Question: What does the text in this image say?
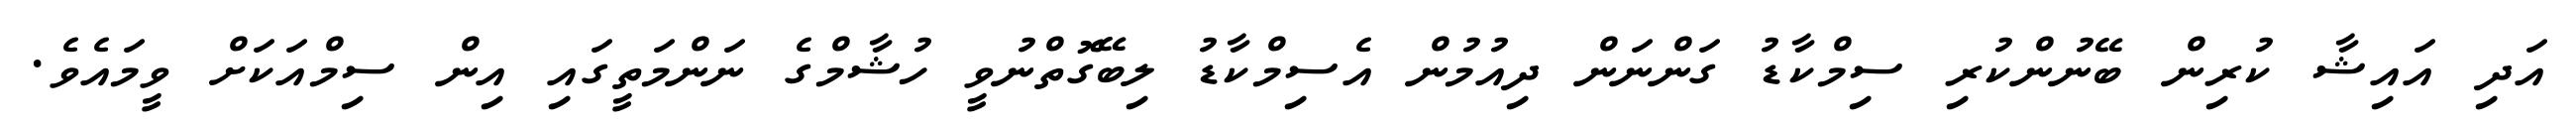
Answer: އަދި އައިޝާ ކުރިން ބޭނުންކުރި ސިމްކާޑު ގަންނަން ދިއުމުން އެސިމްކާޑު ލިބޭގޮތްނުވީ ހުޝާމްގެ ނަންމަތީގައި އިން ސިމްއަކަށް ވީމައެވެ.